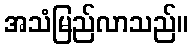
အသံမြည်လာသည်။